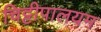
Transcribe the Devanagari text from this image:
चिट्टीपालयम